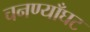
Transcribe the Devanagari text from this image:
चनण्याँघट